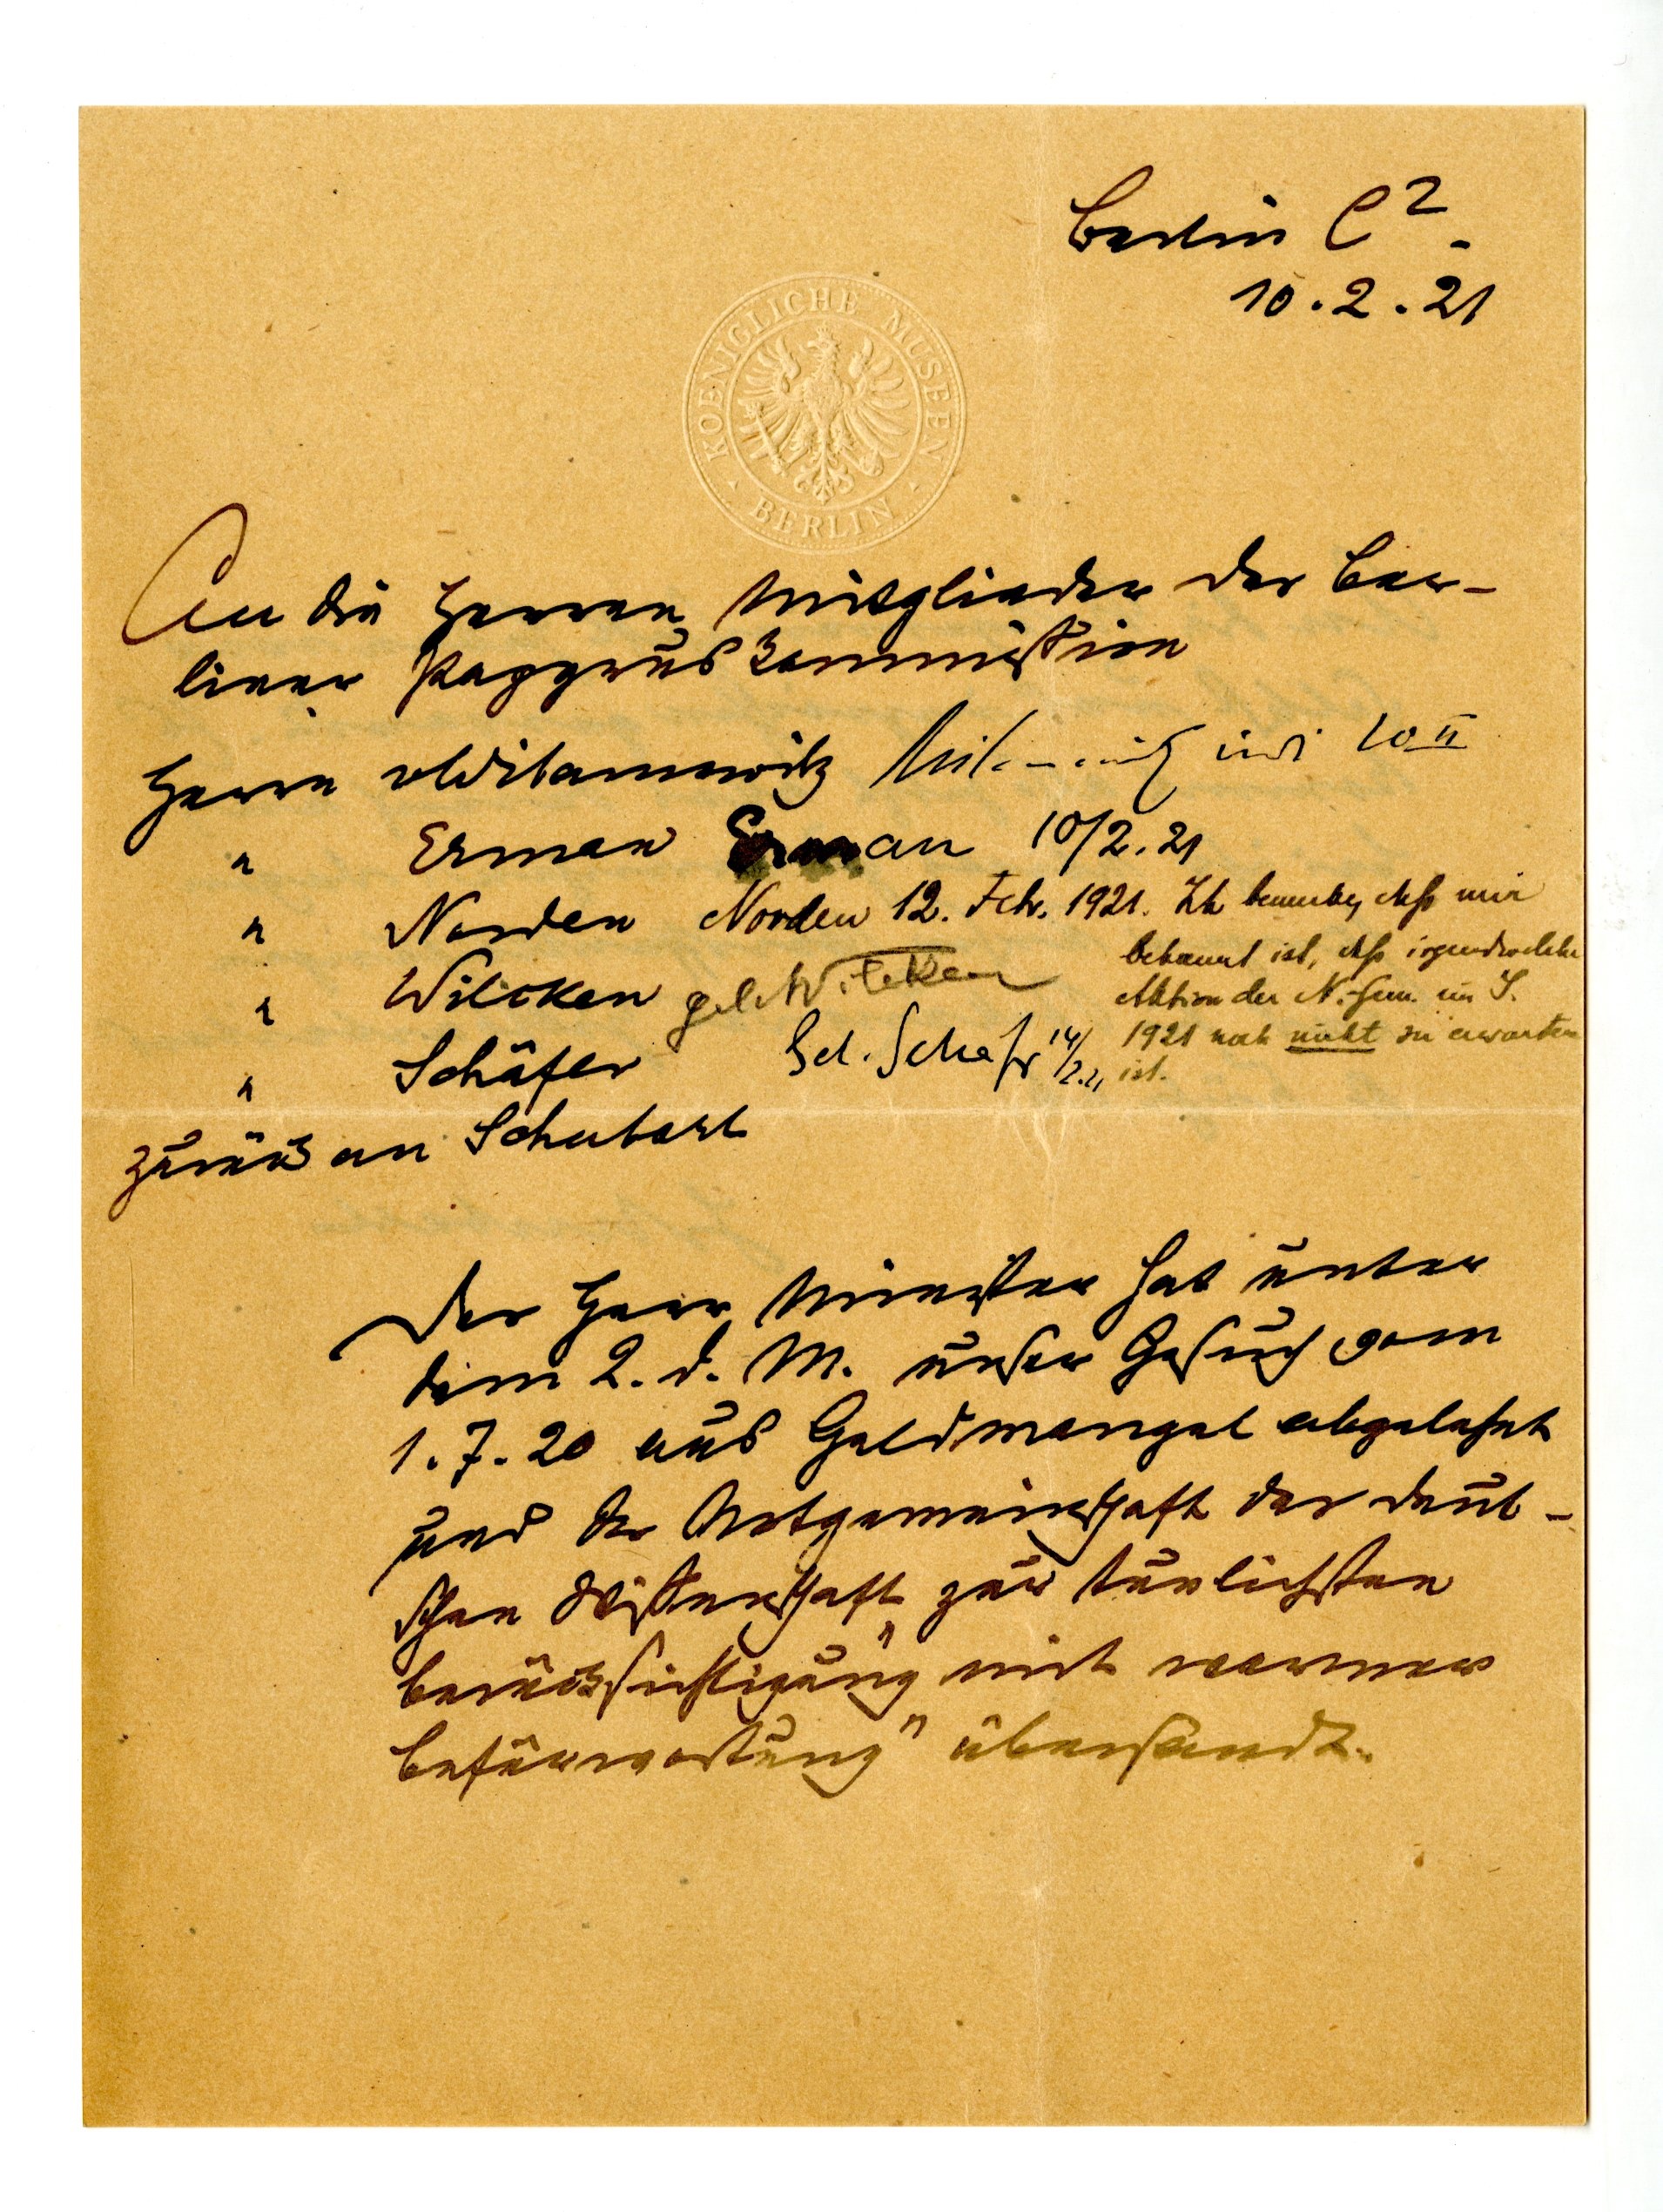
Berlin C 2
10.2.21
An die Herren Mitglieder der ber¬
liner Papyruskommission
Herrn Wilamowitz
   "	 Erman
   "	 Norden
   "	 Wilcken

   "	 Schäfer

zurück an Schubart
Der Herr Minister hat unter
dem 2. d. M. unser Gesuch vom
1. 7. 20 aus Geldmangel abgelehnt
und der Notgemeinschaft der deut¬
schen Wissenschaft "zur tunlichsten
Berücksichtigung mit warmer
Befürwortung" übersandt.